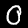
Digit: 0